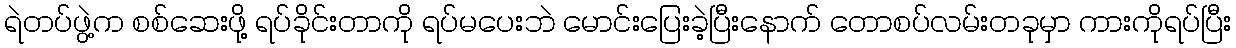
ရဲတပ်ဖွဲ့က စစ်ဆေးဖို့ ရပ်ခိုင်းတာကို ရပ်မပေးဘဲ မောင်းပြေးခဲ့ပြီးနောက် တောစပ်လမ်းတခုမှာ ကားကိုရပ်ပြီး